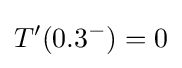
T'(0.3^{-})=0